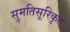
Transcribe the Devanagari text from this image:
सुमतिसूरिकृत